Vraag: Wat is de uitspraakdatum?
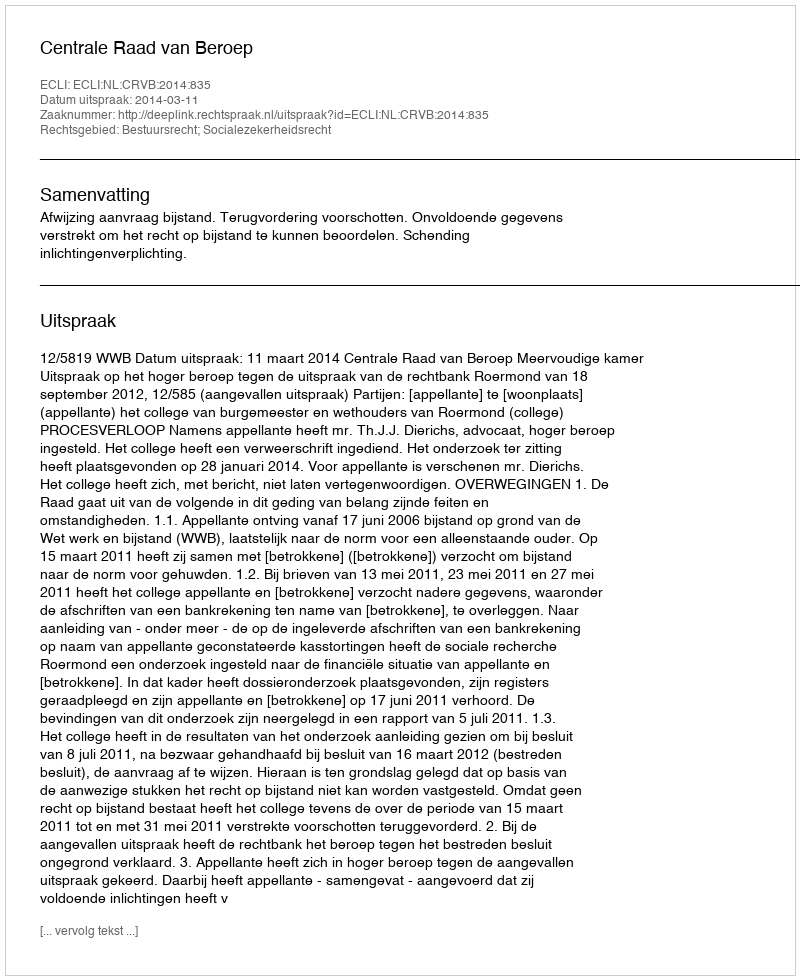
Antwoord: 2014-03-11